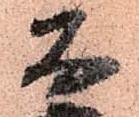
友